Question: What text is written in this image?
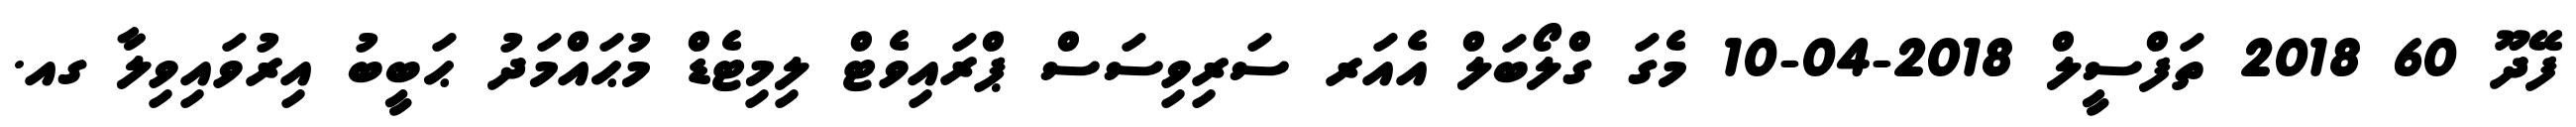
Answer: ފޭދޫ 60 2018 ތަފްސީލް 2018-04-10 މެގަ ގްލޯބަލް އެއަރ ސަރިވިސަސް ޕްރައިވެޓް ލިމިޓެޑް މުޙައްމަދު ޙަބީބު އިރުވައިވިލާ ގއ.